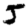
Digit: 5